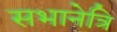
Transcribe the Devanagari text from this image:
सभानेत्रि